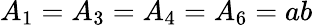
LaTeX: A_{1}=A_{3}=A_{4}=A_{6}=ab